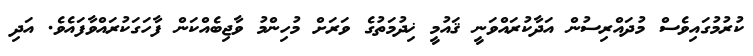
ކުރުމުގައިވެސް މުދައްރިސުން އަދާކުރައްވަނީ ޤައުމީ ޚިދުމަތުގެ ވަރަށް މުހިންމު ވާޖިބެއްކަން ފާހަގަކުރައްވާފައެވެ. އަދި